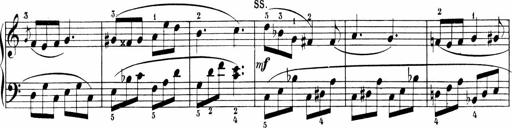
Title: Sonatinen Op.47, 98 und 136, nebst 6 Liedersonatinen
Composer: Carl Reinecke